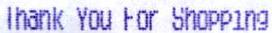
THANK YOU FOR SHOPPING